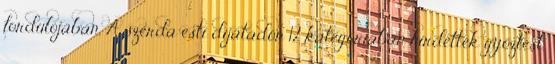
fordulójában. A szerda esti díjátadón 12 kategóriában hirdettek győztest,